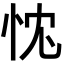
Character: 𢘚